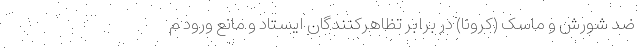
ضد شورش و ماسک (کرونا) در برابر تظاهرکنندگان ایستاد و مانع ورود م